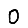
Digit: 0